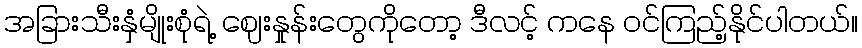
အခြားသီးနှံမျိုးစုံရဲ့ ဈေးနှုန်းတွေကိုတော့ ဒီလင့် ကနေ ဝင်ကြည့်နိုင်ပါတယ်။